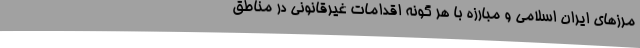
مرزهای ایران اسلامی و مبارزه با هر گونه اقدامات غیرقانونی در مناطق